Scottish Leaving Certificate Examination, 1955
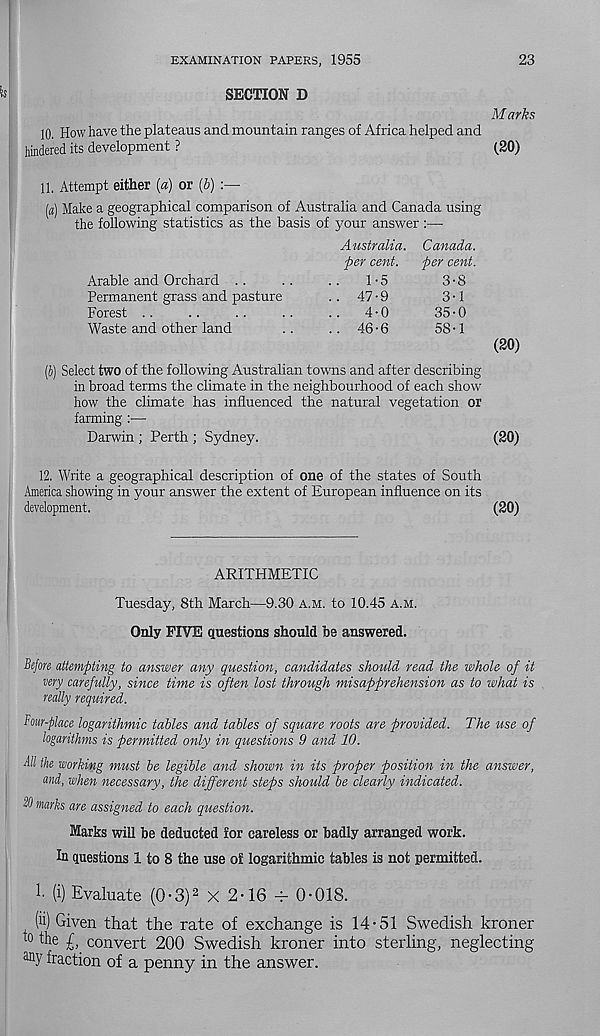
EXAMINATION PAPERS, 1955
23
SECTION D
M arks
10. How have the plateaus and mountain ranges of Africa helped and
hindered its development ?
(20)
11. Attempt either (a) or [b)
[a] Make a geographical comparison of Australia and Canada using
the following statistics as the basis of your answer :—
Australia. Canada.
per cent.
per cent.
Arable and Orchard ..
..
..
1-5
3-8
Permanent grass and pasture
.. 47-9
3-1
Forest ..
..
..
..
..
4-0
35-0
Waste and other land
..
.. 46-6
58-1
(20)
(i) Select two of the following Australian towns and after describing
in broad terms the climate in the neighbourhood of each show
how the climate has influenced the natural vegetation or
farming :—
Darwin ; Perth ; Sydney.
(20)
12. Write a geographical description of one of the states of South
America showing in your answer the extent of European influence on its
development.
(20)
ARITHMETIC
Tuesday, 8th March—9.30 A.M. to 10.45 A.M.
Only FIVE questions should be answered.
Before attempting to answer any question, candidates should read the whole of it
very carefully, since time is often lost through misapprehension as to what is
really required.
Four-place logarithmic tables and tables of square roots are provided. The use of
logarithms is permitted only in questions 9 and 10.
All the working must be legible and shown in its proper position in the answer,
and, when necessary, the different steps should be clearly indicated.
2d marks are assigned to each question.
Marks will be deducted for careless or badly arranged work.
In questions 1 to 8 the use of logarithmic tables is not permitted.
!• (i) Evaluate (0-3) 2 X 2-16
0-018.
(ii) Given that the rate of exchange is 14-51 Swedish kroner
0
£, convert 200 Swedish kroner into sterling, neglecting
fraction of a penny in the answer.